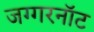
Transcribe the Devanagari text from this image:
जग्गरनॉट